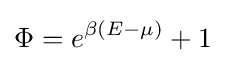
\Phi =e^{\beta (E-\mu )}+1